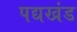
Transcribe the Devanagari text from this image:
पद्यखंड